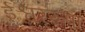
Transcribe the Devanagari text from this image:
ईश्वररूपा